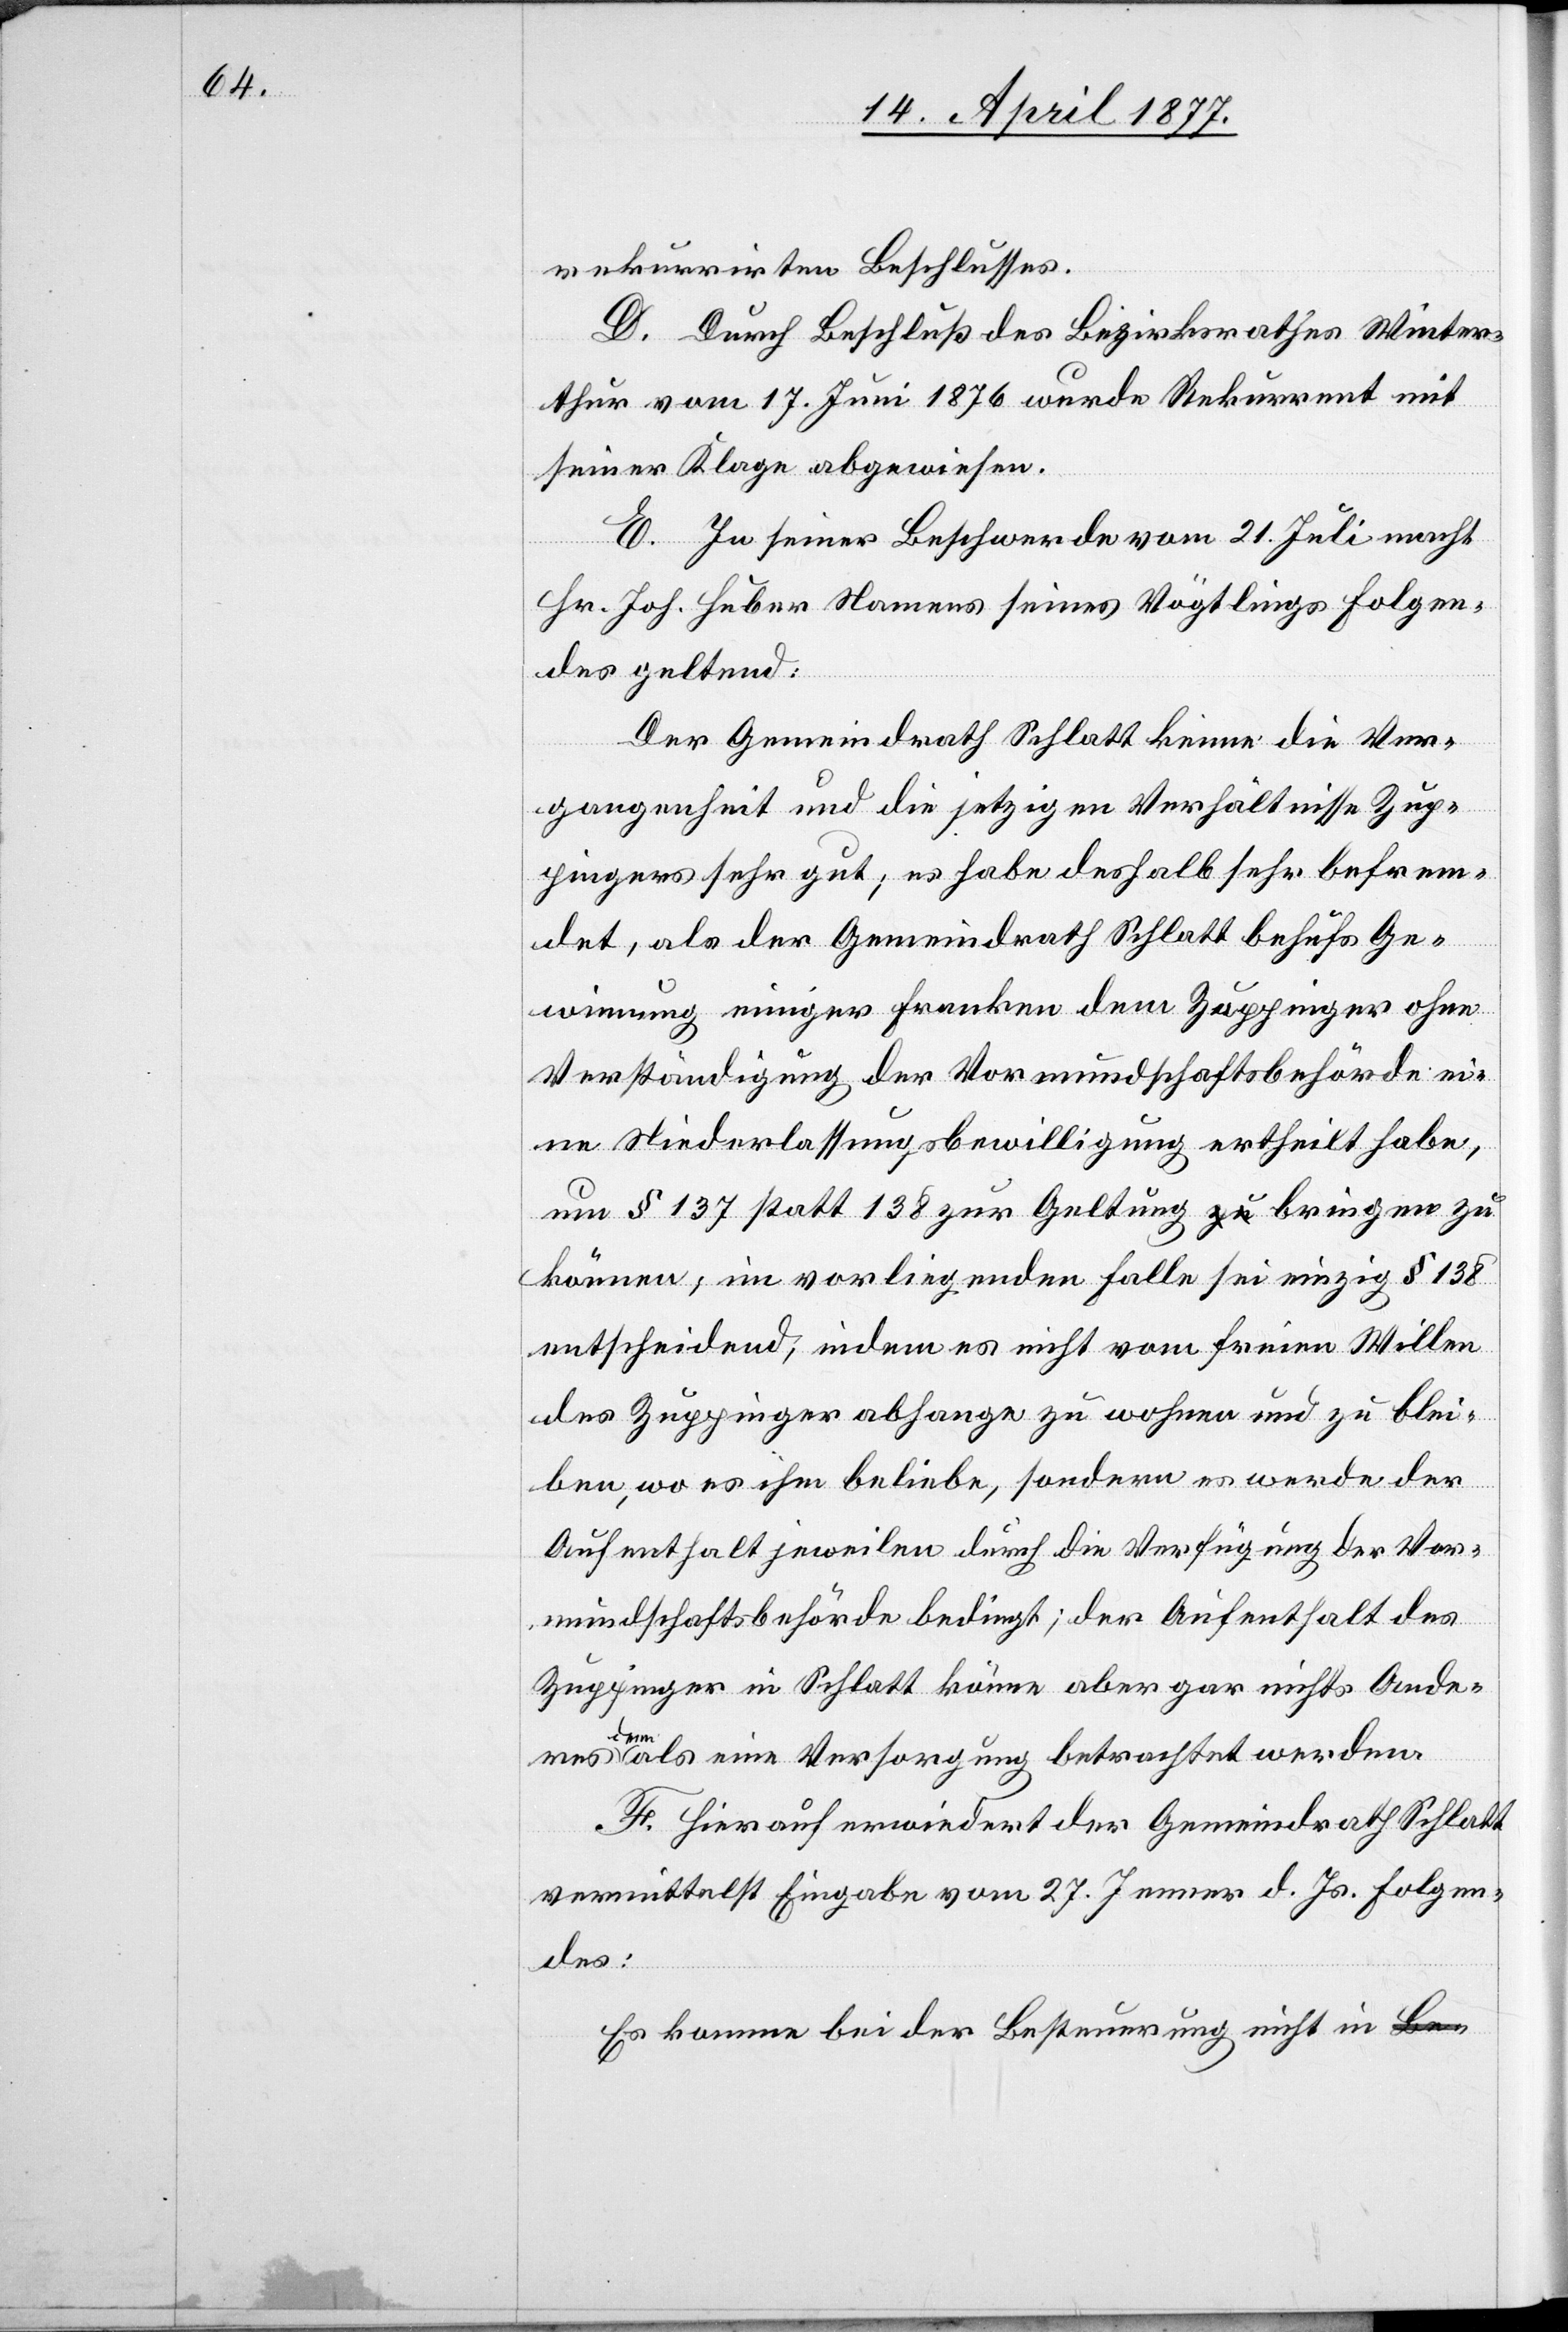
rekurrirten Beschlusses.
D. Durch Beschluß des Bezirksrathes Winter¬
thur vom 17. Juni 1876 wurde Rekurrent mit
seiner Klage abgewiesen.
E. In seiner Beschwerde vom 21. Juli macht
Hr. Joh. Huber Namens seines Vögtlings Folgen¬
des geltend:
Der Gemeindrath Schlatt kenne die Ver¬
gangenheit und die jetzigen Verhältnisse Zup¬
pingers sehr gut; es habe deshalb sehr befrem¬
det, als der Gemeindrath Schlatt behufs Ge¬
winnung einiger Franken dem Zuppinger ohne
Verständigung der Vormundschaftsbehörde ei¬
ne Niederlassungsbewilligung ertheilt habe,
um § 137 statt 138 zur Geltung bringen zu
können; im vorliegenden Falle sei einzig § 138
entscheidend, indem es nicht vom freien Willen
des Zuppinger abhange zu wohnen und zu blei¬
ben, wo es ihm beliebe, sondern es werde der
Aufenthalt jeweilen durch die Verfügung der Vor¬
mundschaftsbehörde bedingt; der Aufenthalt des
Zuppinger in Schlatt könne aber gar nichts Ande¬
res
denn als eine Versorgung betrachtet werden
F. Hierauf erwiedert der Gemeindrath Schlatt
vermittelst Eingabe vom 27. Jenner d. Js. Folgen¬
des:
Es komme bei der Besteuerung nicht in